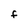
Character: F